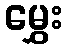
မွှေး